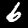
Digit: 6